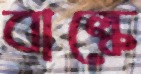
বাল্কে